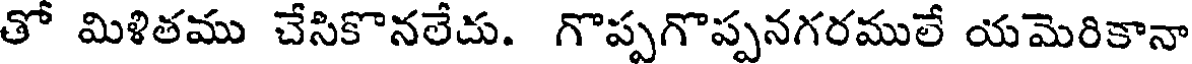
తో మిళితము చేసికొనలేదు. గొప్పగొప్పనగరములే యమెరికానా